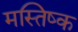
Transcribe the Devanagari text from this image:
मस्‍तिष्क